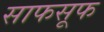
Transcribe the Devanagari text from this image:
साफसूफ